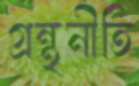
গ্রন্থনীতি